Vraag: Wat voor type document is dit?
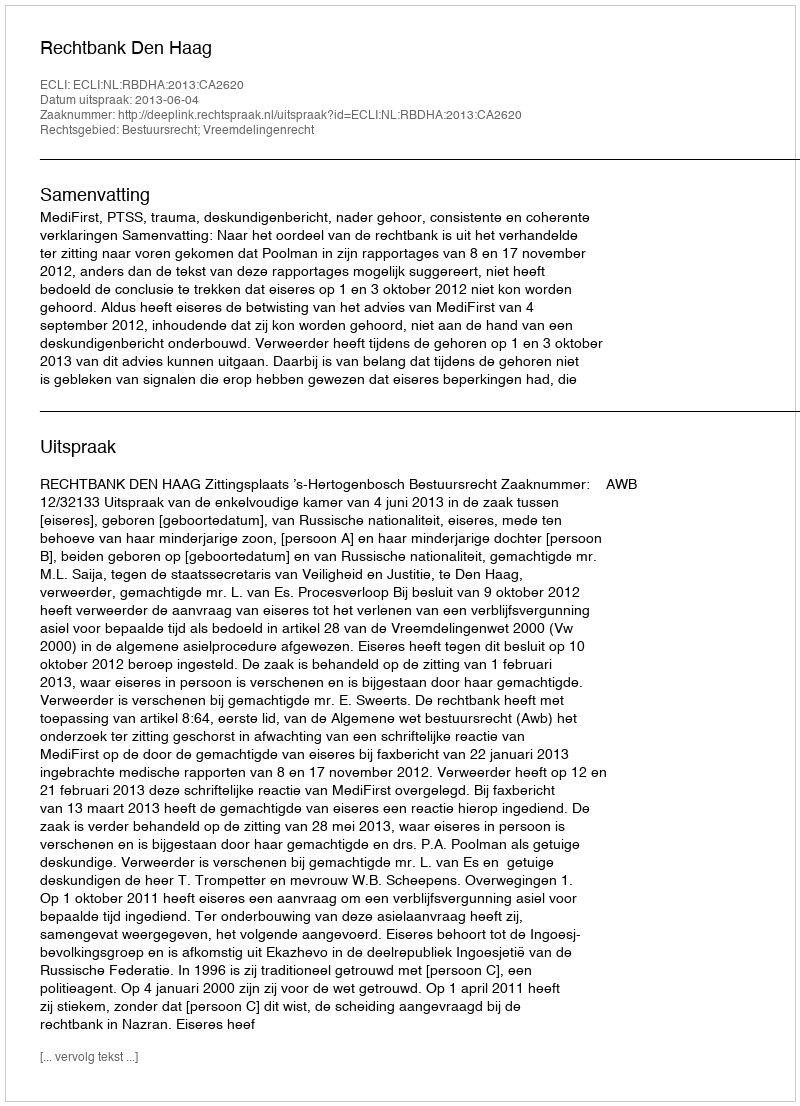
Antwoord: Uitspraak